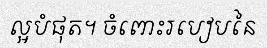
ល្អបំផុត។ ចំពោះរបៀបនៃ